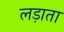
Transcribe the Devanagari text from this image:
लड़ाता